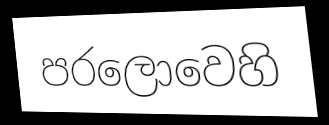
පරලොවෙහි